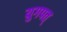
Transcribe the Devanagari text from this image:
युगपत्